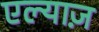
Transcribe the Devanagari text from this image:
एल्याज़